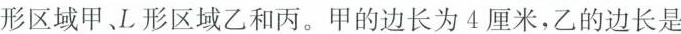
形区域甲、L形区域乙和丙。甲的边长为4厘米，乙的边长是